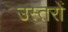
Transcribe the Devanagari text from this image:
उस्तरों